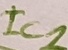
Text: IC2